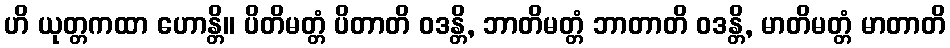
ဟိ ယုတ္တကထာ ဟောန္တိ။ ပိတိမတ္တံ ပိတာတိ ဝဒန္တိ, ဘာတိမတ္တံ ဘာတာတိ ဝဒန္တိ, မာတိမတ္တံ မာတာတိ